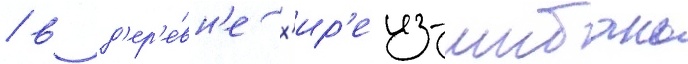
/ в д'ер'е́вн'е х'ир'еиз-шибань